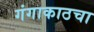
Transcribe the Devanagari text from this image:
गंगाकाठचा